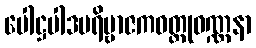
ပေါဋ္ဌပါဒပရိဗ္ဗာဇကဝတ္ထုဝဏ္ဏနာ